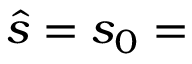
\hat { s } = s _ { 0 } =